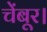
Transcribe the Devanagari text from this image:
चेंबूर।